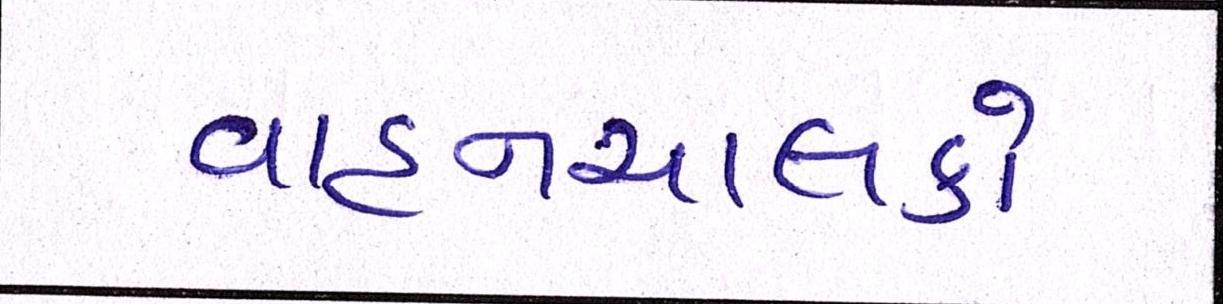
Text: વાહનચાલકો